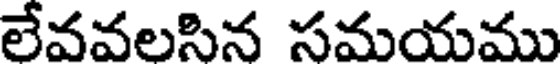
లేవవలసిన సమయము